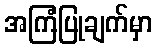
အကြံပြုချက်မှာ